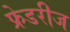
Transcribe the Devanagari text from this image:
फ्रेडरीज